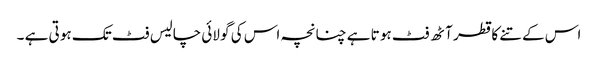
اس کے تنے کا قطر آٹھ فٹ ہو تا ہے چنانچہ اس کی گو لائی چالیس فٹ تک ہو تی ہے ۔